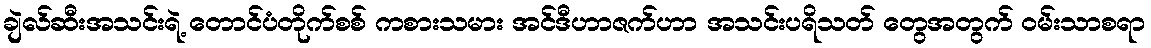
ချဲလ်ဆီးအသင်းရဲ့ တောင်ပံတိုက်စစ် ကစားသမား အင်ဒီဟာဇက်ဟာ အသင်းပရိသတ် တွေအတွက် ဝမ်းသာစရာ